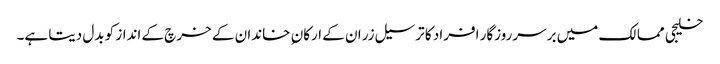
خلیجی ممالک میں برسرروزگار افراد کا ترسیل زر ان کے ارکان ِ خاندان کے خرچ کے انداز کو بدل دیتا ہے۔